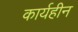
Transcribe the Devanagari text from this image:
कार्यहीन